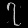
Digit: ၇